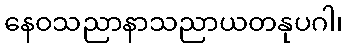
နေဝသညာနာသညာယတနုပဂါ၊